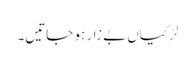
لڑکیاں بے زار ہو جاتیں۔